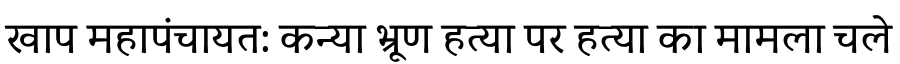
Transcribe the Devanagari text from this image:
खाप महापंचायत: कन्या भ्रूण हत्या पर हत्या का मामला चले